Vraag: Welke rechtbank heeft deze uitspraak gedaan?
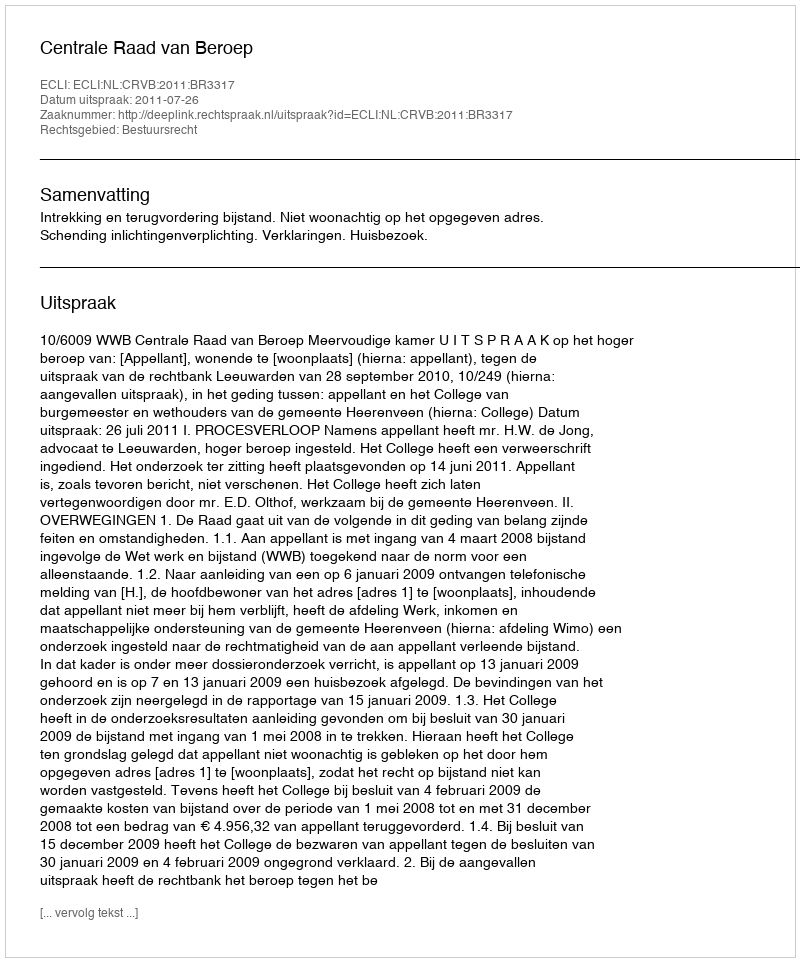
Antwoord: Centrale Raad van Beroep